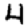
Digit: 4